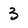
Character: 3